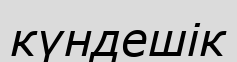
күндешік